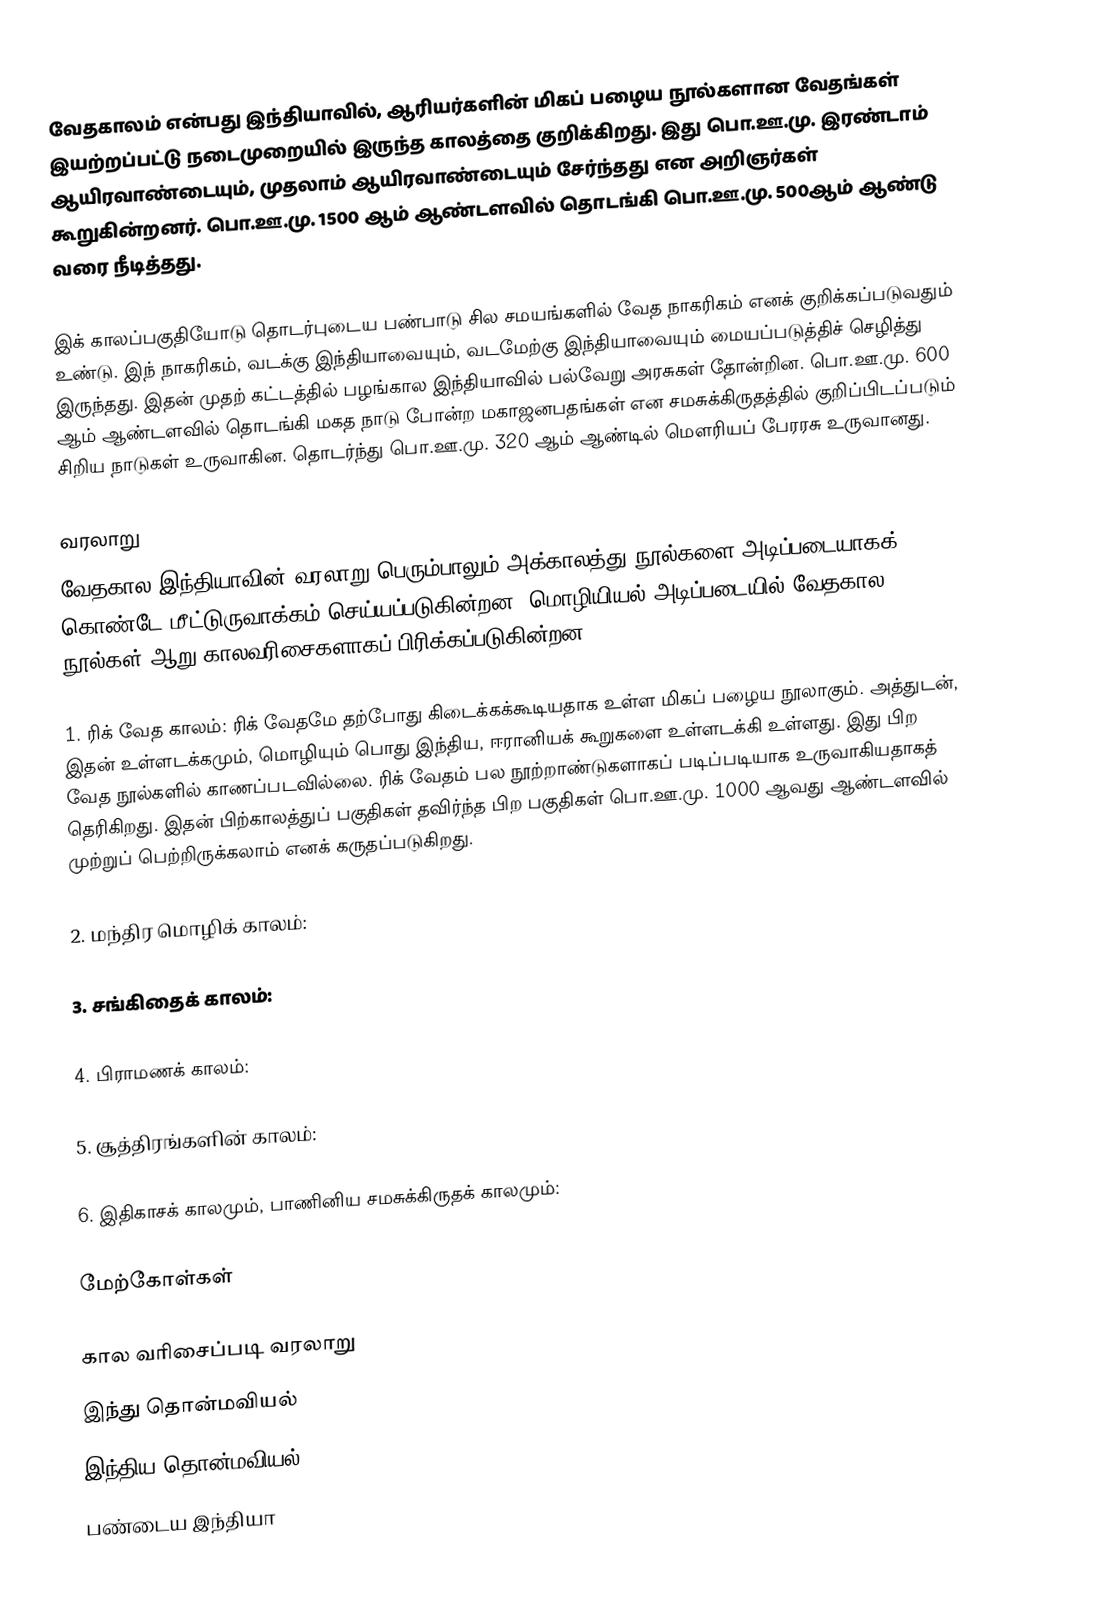
வேதகாலம் என்பது இந்தியாவில், ஆரியர்களின் மிகப் பழைய நூல்களான வேதங்கள் இயற்றப்பட்டு நடைமுறையில் இருந்த காலத்தை குறிக்கிறது. இது பொ.ஊ.மு. இரண்டாம் ஆயிரவாண்டையும், முதலாம் ஆயிரவாண்டையும் சேர்ந்தது என அறிஞர்கள் கூறுகின்றனர். பொ.ஊ.மு. 1500 ஆம் ஆண்டளவில் தொடங்கி பொ.ஊ.மு. 500ஆம் ஆண்டு வரை நீடித்தது.

இக் காலப்பகுதியோடு தொடர்புடைய பண்பாடு சில சமயங்களில் வேத நாகரிகம் எனக் குறிக்கப்படுவதும் உண்டு. இந் நாகரிகம், வடக்கு இந்தியாவையும், வடமேற்கு இந்தியாவையும் மையப்படுத்திச் செழித்து இருந்தது. இதன் முதற் கட்டத்தில் பழங்கால இந்தியாவில் பல்வேறு அரசுகள் தோன்றின. பொ.ஊ.மு. 600 ஆம் ஆண்டளவில் தொடங்கி மகத நாடு போன்ற  மகாஜனபதங்கள் என சமசுக்கிருதத்தில் குறிப்பிடப்படும் சிறிய நாடுகள் உருவாகின. தொடர்ந்து பொ.ஊ.மு. 320 ஆம் ஆண்டில் மௌரியப் பேரரசு உருவானது.

வரலாறு
வேதகால இந்தியாவின் வரலாறு பெரும்பாலும் அக்காலத்து நூல்களை அடிப்படையாகக் கொண்டே மீட்டுருவாக்கம் செய்யப்படுகின்றன. மொழியியல் அடிப்படையில் வேதகால நூல்கள் ஆறு காலவரிசைகளாகப் பிரிக்கப்படுகின்றன.

1. ரிக் வேத காலம்: ரிக் வேதமே தற்போது கிடைக்கக்கூடியதாக உள்ள மிகப் பழைய நூலாகும். அத்துடன், இதன் உள்ளடக்கமும், மொழியும் பொது இந்திய, ஈரானியக் கூறுகளை உள்ளடக்கி உள்ளது. இது பிற வேத நூல்களில் காணப்படவில்லை. ரிக் வேதம் பல நூற்றாண்டுகளாகப் படிப்படியாக உருவாகியதாகத் தெரிகிறது. இதன் பிற்காலத்துப் பகுதிகள் தவிர்ந்த பிற பகுதிகள் பொ.ஊ.மு. 1000 ஆவது ஆண்டளவில் முற்றுப் பெற்றிருக்கலாம் எனக் கருதப்படுகிறது.

2. மந்திர மொழிக் காலம்:

3. சங்கிதைக் காலம்:

4. பிராமணக் காலம்:

5. சூத்திரங்களின் காலம்:

6. இதிகாசக் காலமும், பாணினிய சமசுக்கிருதக் காலமும்:

மேற்கோள்கள்

கால வரிசைப்படி வரலாறு
இந்து தொன்மவியல்
இந்திய தொன்மவியல்
பண்டைய இந்தியா